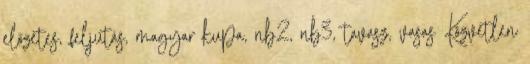
előzetes, feljutás, magyar kupa, nb2, nb3, tavasz, vasas Közvetlen